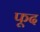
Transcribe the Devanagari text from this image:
फूद